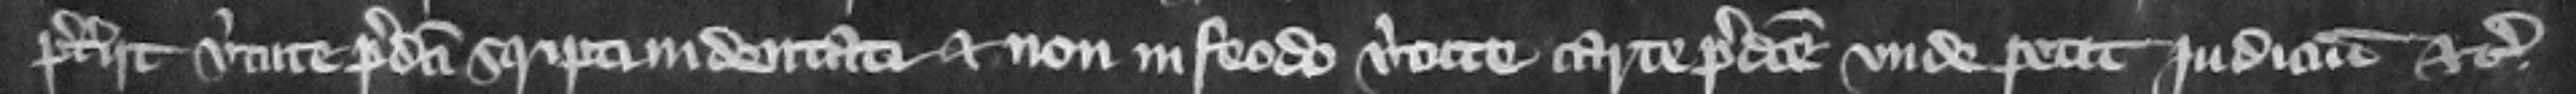
preteriit virtute predicti scripti indentati et non in feodo virtute carte predicte. Vnde petit judicium etc.